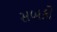
સબકો